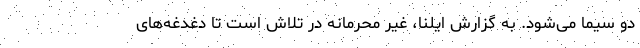
دو سیما می‌شود. به گزارش ایلنا، غیر محرمانه در تلاش است تا دغدغه‌های